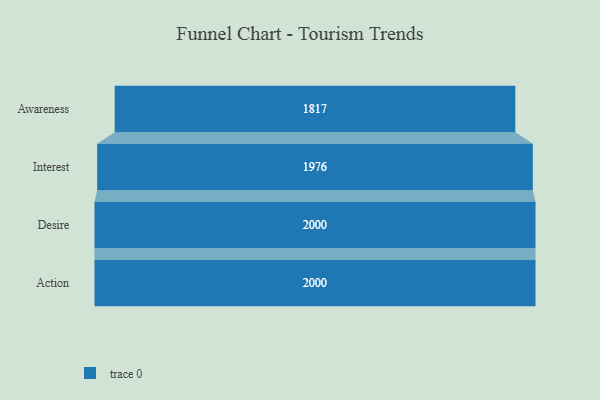
{"axis": {"x": "Stage", "y": "Value"}, "legend": [""], "data": [{"x": "Awareness", "y": 1817.0, "type": ""}, {"x": "Interest", "y": 1976.0, "type": ""}, {"x": "Desire", "y": 2000, "type": ""}, {"x": "Action", "y": 2000, "type": ""}]}